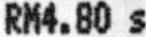
RM4.80 S